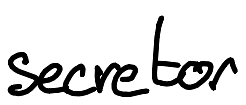
Text: secretor
Cross-out: clean
Writing tool: digital_black